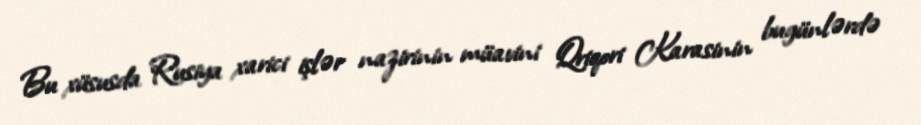
Bu xüsusda Rusiya xarici işlər nazirinin müavini Qriqori Karasinin bugünlərdə